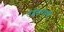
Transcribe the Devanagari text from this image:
उद्वेष्टरोधी